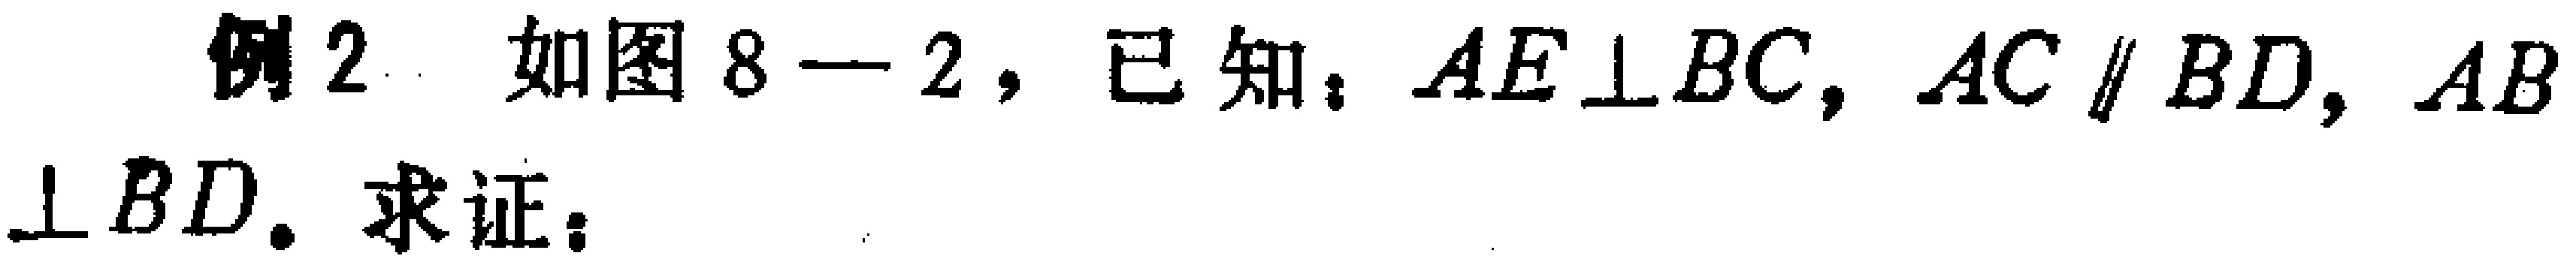
例2 如图8—2，已知：$AE\perp BC$，$AC\parallel BD$，$AB\perp BD$. 求证：  .